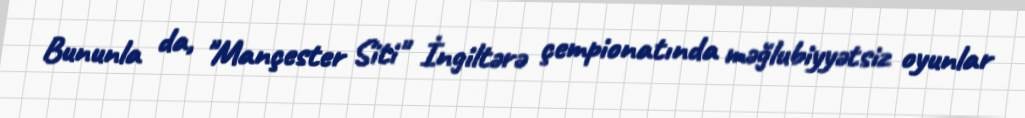
Bununla da, "Mançester Siti" İngiltərə çempionatında məğlubiyyətsiz oyunlar